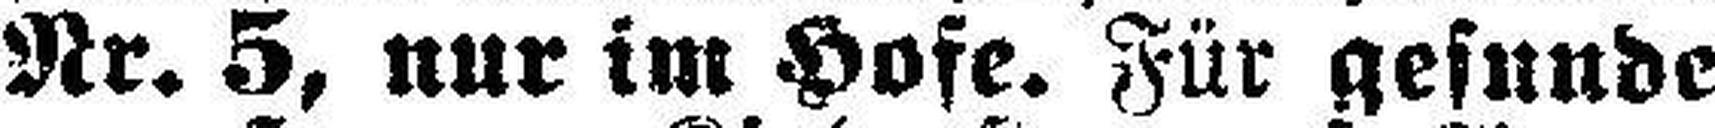
Nr. 5, nur im Hofe. Für gesunde